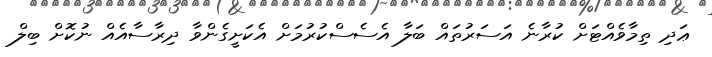
ޢަދި ތިމާވެއްޓަށް ކުރާނެ އަސަރުތައް ބަލާ އެސެސްކުރުމަށް އެކަށީގެންވާ ދިރާސާއެއް ނުކޮށް ބިލް